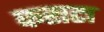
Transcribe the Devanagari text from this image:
फराटा